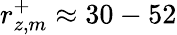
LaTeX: r_{z,m}^{+}\approx 30-52